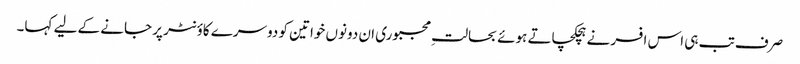
صرف تب ہی اس افسر نے ہچکچاتے ہوئے بحالتِ مجبوری ان دونوں خواتین کو دوسرے کاؤنٹر پر جانے کے لیے کہا۔